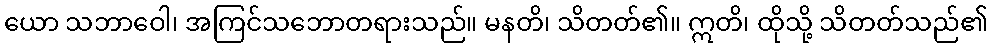
ယော သဘာဝေါ၊ အကြင်သဘောတရားသည်။ မနတိ၊ သိတတ်၏။ ဣတိ၊ ထိုသို့ သိတတ်သည်၏